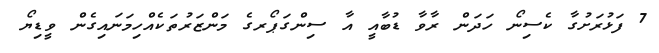
7 ފަޅުރަށުގާ ކެސިނޯ ހަދަން ރާވާ ޑުބާއީ އާ ސިންގަޕޯރގެ މަންޒަރުތަކެއްހިމަނައިގެން ވީޑިޔޯ